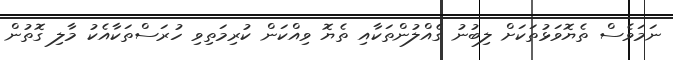
ނަމަވެސް ތެޔޮވަޅުތަކަށް ލިބުނު ގެއްލުންތަކާއި ތެޔޮ ވިއްކަން ކުރިމަތިވި ހުރަސްތަކާއެކު މާލި ގޮތުން